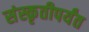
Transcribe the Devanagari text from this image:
संस्कृतीपर्यंत